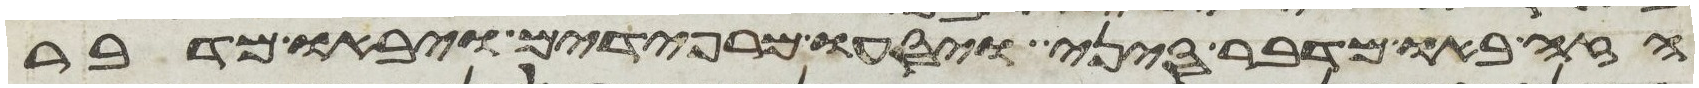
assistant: הזה באו מדבר סיני ויסעו מרפידים ויבאו מדבר